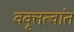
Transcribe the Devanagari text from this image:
वक्तृत्वांत